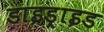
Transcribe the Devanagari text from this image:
डाइड्राइड